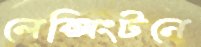
লেক্সিংটনে